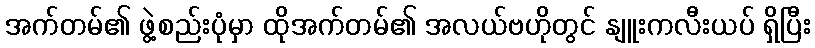
အက်တမ်၏ ဖွဲ့စည်းပုံမှာ ထိုအက်တမ်၏ အလယ်ဗဟိုတွင် နျူးကလီးယပ် ရှိပြီး